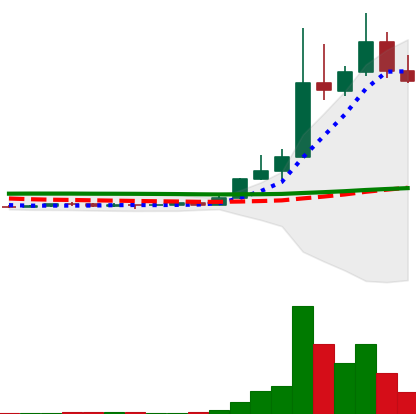
Ticker: DOGE-USD
Chart end date: 2022-11-03
Forward return: -27.883%
Label: down_7plus